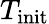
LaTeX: T_{\mathrm{init}}